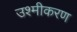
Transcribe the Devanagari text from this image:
उश्मीकरण